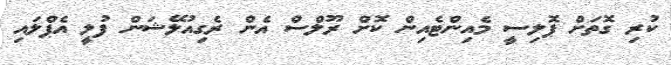
ކުރި ގޮތަށް ޕޮލިސީ މެއިންޓެއިން ކޮށް ރޫލްސް އެން ރެގިއުލޭޝަން ފުލީ އެޕްލައި